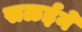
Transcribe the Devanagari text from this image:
सळईने